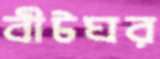
বীটঘর